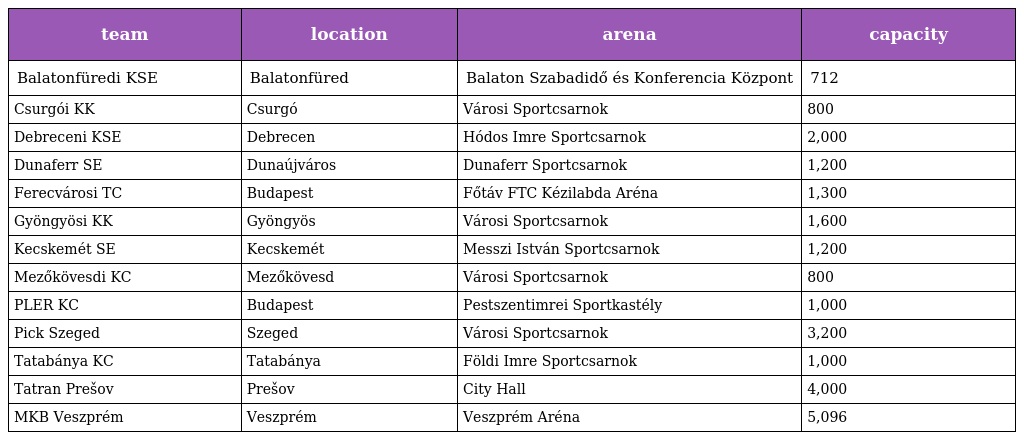
| team | location | arena | capacity |
 | --- | --- | --- | --- |
 | Balatonfüredi KSE | Balatonfüred | Balaton Szabadidő és Konferencia Központ | 712 |
 | Csurgói KK | Csurgó | Városi Sportcsarnok | 800 |
 | Debreceni KSE | Debrecen | Hódos Imre Sportcsarnok | 2,000 |
 | Dunaferr SE | Dunaújváros | Dunaferr Sportcsarnok | 1,200 |
 | Ferecvárosi TC | Budapest | Főtáv FTC Kézilabda Aréna | 1,300 |
 | Gyöngyösi KK | Gyöngyös | Városi Sportcsarnok | 1,600 |
 | Kecskemét SE | Kecskemét | Messzi István Sportcsarnok | 1,200 |
 | Mezőkövesdi KC | Mezőkövesd | Városi Sportcsarnok | 800 |
 | PLER KC | Budapest | Pestszentimrei Sportkastély | 1,000 |
 | Pick Szeged | Szeged | Városi Sportcsarnok | 3,200 |
 | Tatabánya KC | Tatabánya | Földi Imre Sportcsarnok | 1,000 |
 | Tatran Prešov | Prešov | City Hall | 4,000 |
 | MKB Veszprém | Veszprém | Veszprém Aréna | 5,096 |